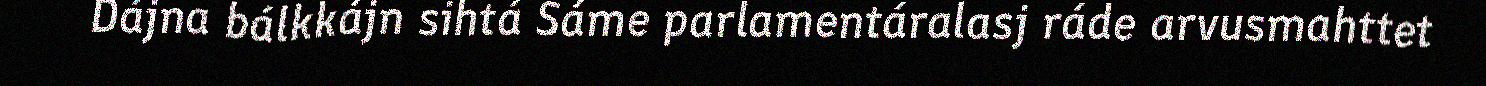
Dájna bálkkájn sihtá Sáme parlamentáralasj ráde arvusmahttet